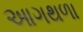
આગથળા